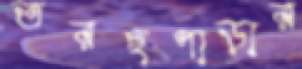
তরছপাড়ার